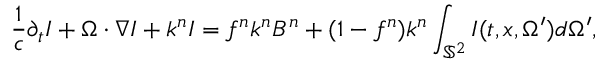
\frac { 1 } { c } \partial _ { t } I + \Omega \cdot \nabla I + k ^ { n } I = f ^ { n } k ^ { n } B ^ { n } + ( 1 - f ^ { n } ) k ^ { n } \int _ { \mathbb { S } ^ { 2 } } I ( t , x , \Omega ^ { \prime } ) d \Omega ^ { \prime } ,